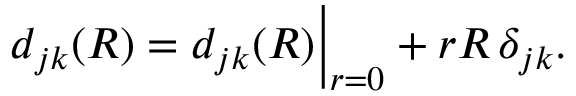
d _ { j k } ( R ) = d _ { j k } ( R ) \Big | _ { r = 0 } + r R \, \delta _ { j k } .